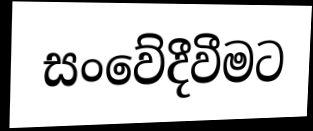
සංවේදීවීමට